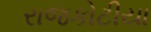
રાજકોટીયા